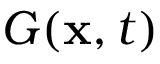
G ( \mathbf { x } , t )